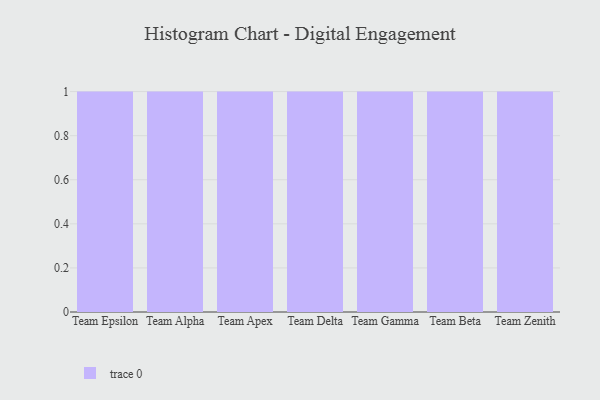
{"axis": {"x": "Team", "y": "Backlog"}, "legend": [""], "data": [{"x": "Team Epsilon", "y": 24, "type": ""}, {"x": "Team Alpha", "y": 41, "type": ""}, {"x": "Team Apex", "y": 28, "type": ""}, {"x": "Team Delta", "y": 71, "type": ""}, {"x": "Team Gamma", "y": 31, "type": ""}, {"x": "Team Beta", "y": 78, "type": ""}, {"x": "Team Zenith", "y": 82, "type": ""}]}